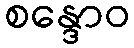
စန္ဒောဝ